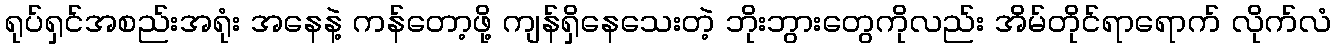
ရုပ်ရှင်အစည်းအရုံး အနေနဲ့ ကန်တော့ဖို့ ကျန်ရှိနေသေးတဲ့ ဘိုးဘွားတွေကိုလည်း အိမ်တိုင်ရာရောက် လိုက်လံ